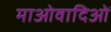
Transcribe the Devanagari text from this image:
माओवादिओं